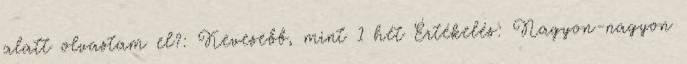
alatt olvastam el?: Kevesebb, mint 1 hét Értékelés: Nagyon-nagyon